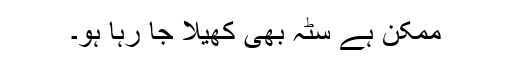
ممکن ہے سٹہ بھی کھیلا جا رہا ہو۔